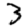
Digit: 3